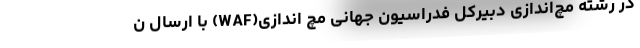
در رشته مچ‌اندازی دبیرکل فدراسیون جهانی مچ اندازی(WAF) با ارسال ن